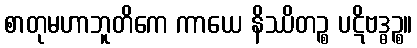
စာတုမဟာဘူတိကေ ကာယေ နိဿိတဉ္စ ပဋိဗဒ္ဓဉ္စ။